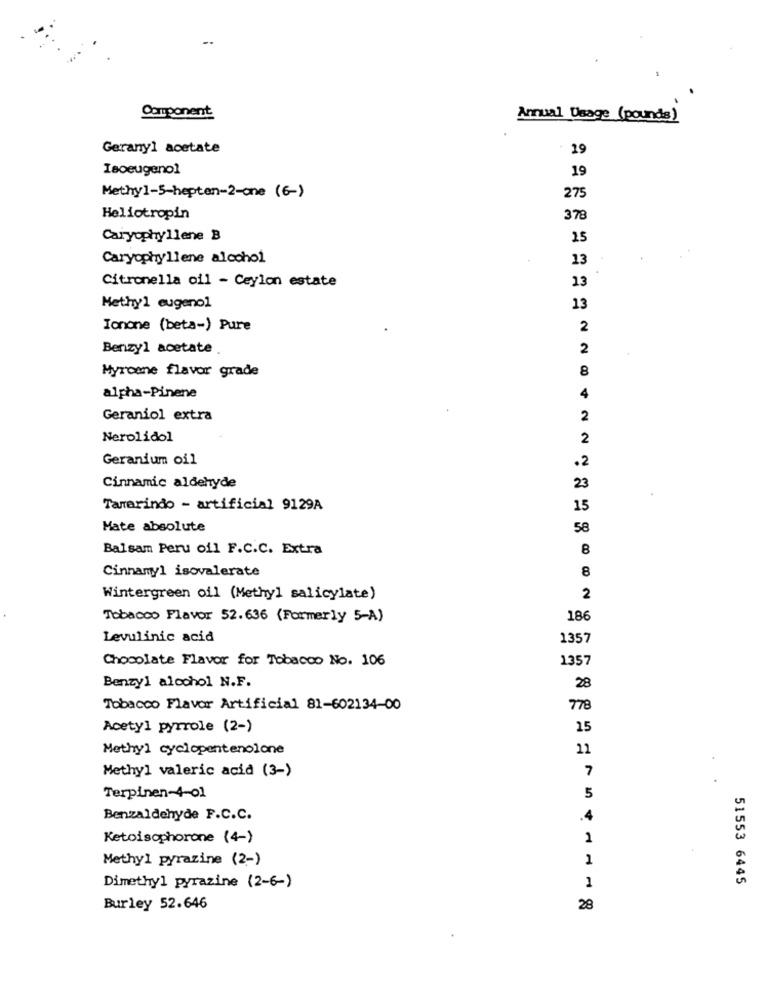
Component
Annual Usage (pounds)
Geranyl acetate
19
Isoeugenol
19
Methy1-5-hepten-2-one (6-)
275
Heliotropin
378
Caryophyllene B
25
Caryophyllene alcohol
13
Citronella oil - Ceylon estate
13
Methyl eugenol
13
Ionone (beta-) Pure
2
Benzyl acetate
2
Myrcene flavor grade
8
alpha-Pinene
Geraniol extra
4 2
Nerolidol
2
Geranium oil
.2
Cinnamic aldehyde
23
Tamarindo - artificial 9129A
15
Mate absolute
58
Balsam Peru oil F.C.C. Extra
8
Cinnamyl isovalerate
8
Wintergreen oil (Methyl salicylate)
2
Tobacco Flavor 52.636 (Formerly 5-A)
186
Levulinic acid
1357
Chocolate Flavor for Tobacco No. 106
1357
Benzyl alcohol N.F.
28
Tobacco Flavor Artificial 81-602134-00
778
Acetyl pyrrole (2-)
15
Methyl cyclopentenolone
11
Methyl valeric acid (3-)
7
Terpinen-4-01
5
Benzaldehyde F.C.C.
Ketoisophorone (4-)
1
Methyl pyrazine (2-)
1
51553 6445
Dimethyl pyrazine (2-6-)
1
Burley 52.646
28